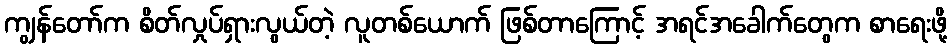
ကျွန်တော်က စိတ်လှုပ်ရှားလွယ်တဲ့ လူတစ်ယောက် ဖြစ်တာကြောင့် အရင်အခေါက်တွေက စာရေးဖို့